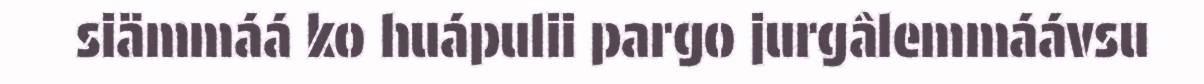
siämmáá ko huápulii pargo jurgâlemmáávsu